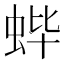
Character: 𬠃